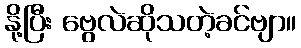
နို့ပြီး ဗွေလဲဆိုသတဲ့ခင်ဗျာ။